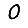
Digit: 0